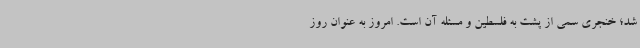
شد؛ خنجری سمی از پشت به فلسطین و مسئله آن است. امروز به عنوان روز